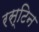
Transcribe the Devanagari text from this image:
रस्टिन